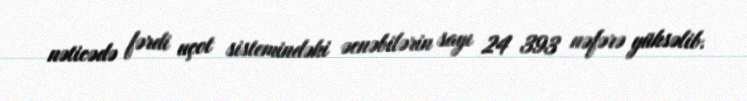
nəticədə fərdi uçot sistemindəki əcnəbilərin sayı 24 393 nəfərə yüksəlib.